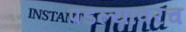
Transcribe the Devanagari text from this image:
पडल्यावरच